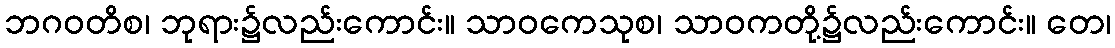
ဘဂဝတိစ၊ ဘုရား၌လည်းကောင်း။ သာဝကေသုစ၊ သာဝကတို့၌လည်းကောင်း။ တေ၊